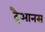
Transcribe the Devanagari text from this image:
ट्रैआनस